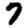
Digit: 7